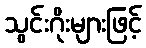
သွင်းဂိုးများဖြင့်